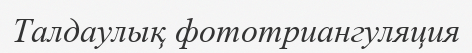
Талдаулық фототриангуляция